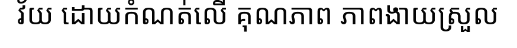
វ័យ ដោយកំណត់លើ គុណភាព ភាពងាយស្រួល